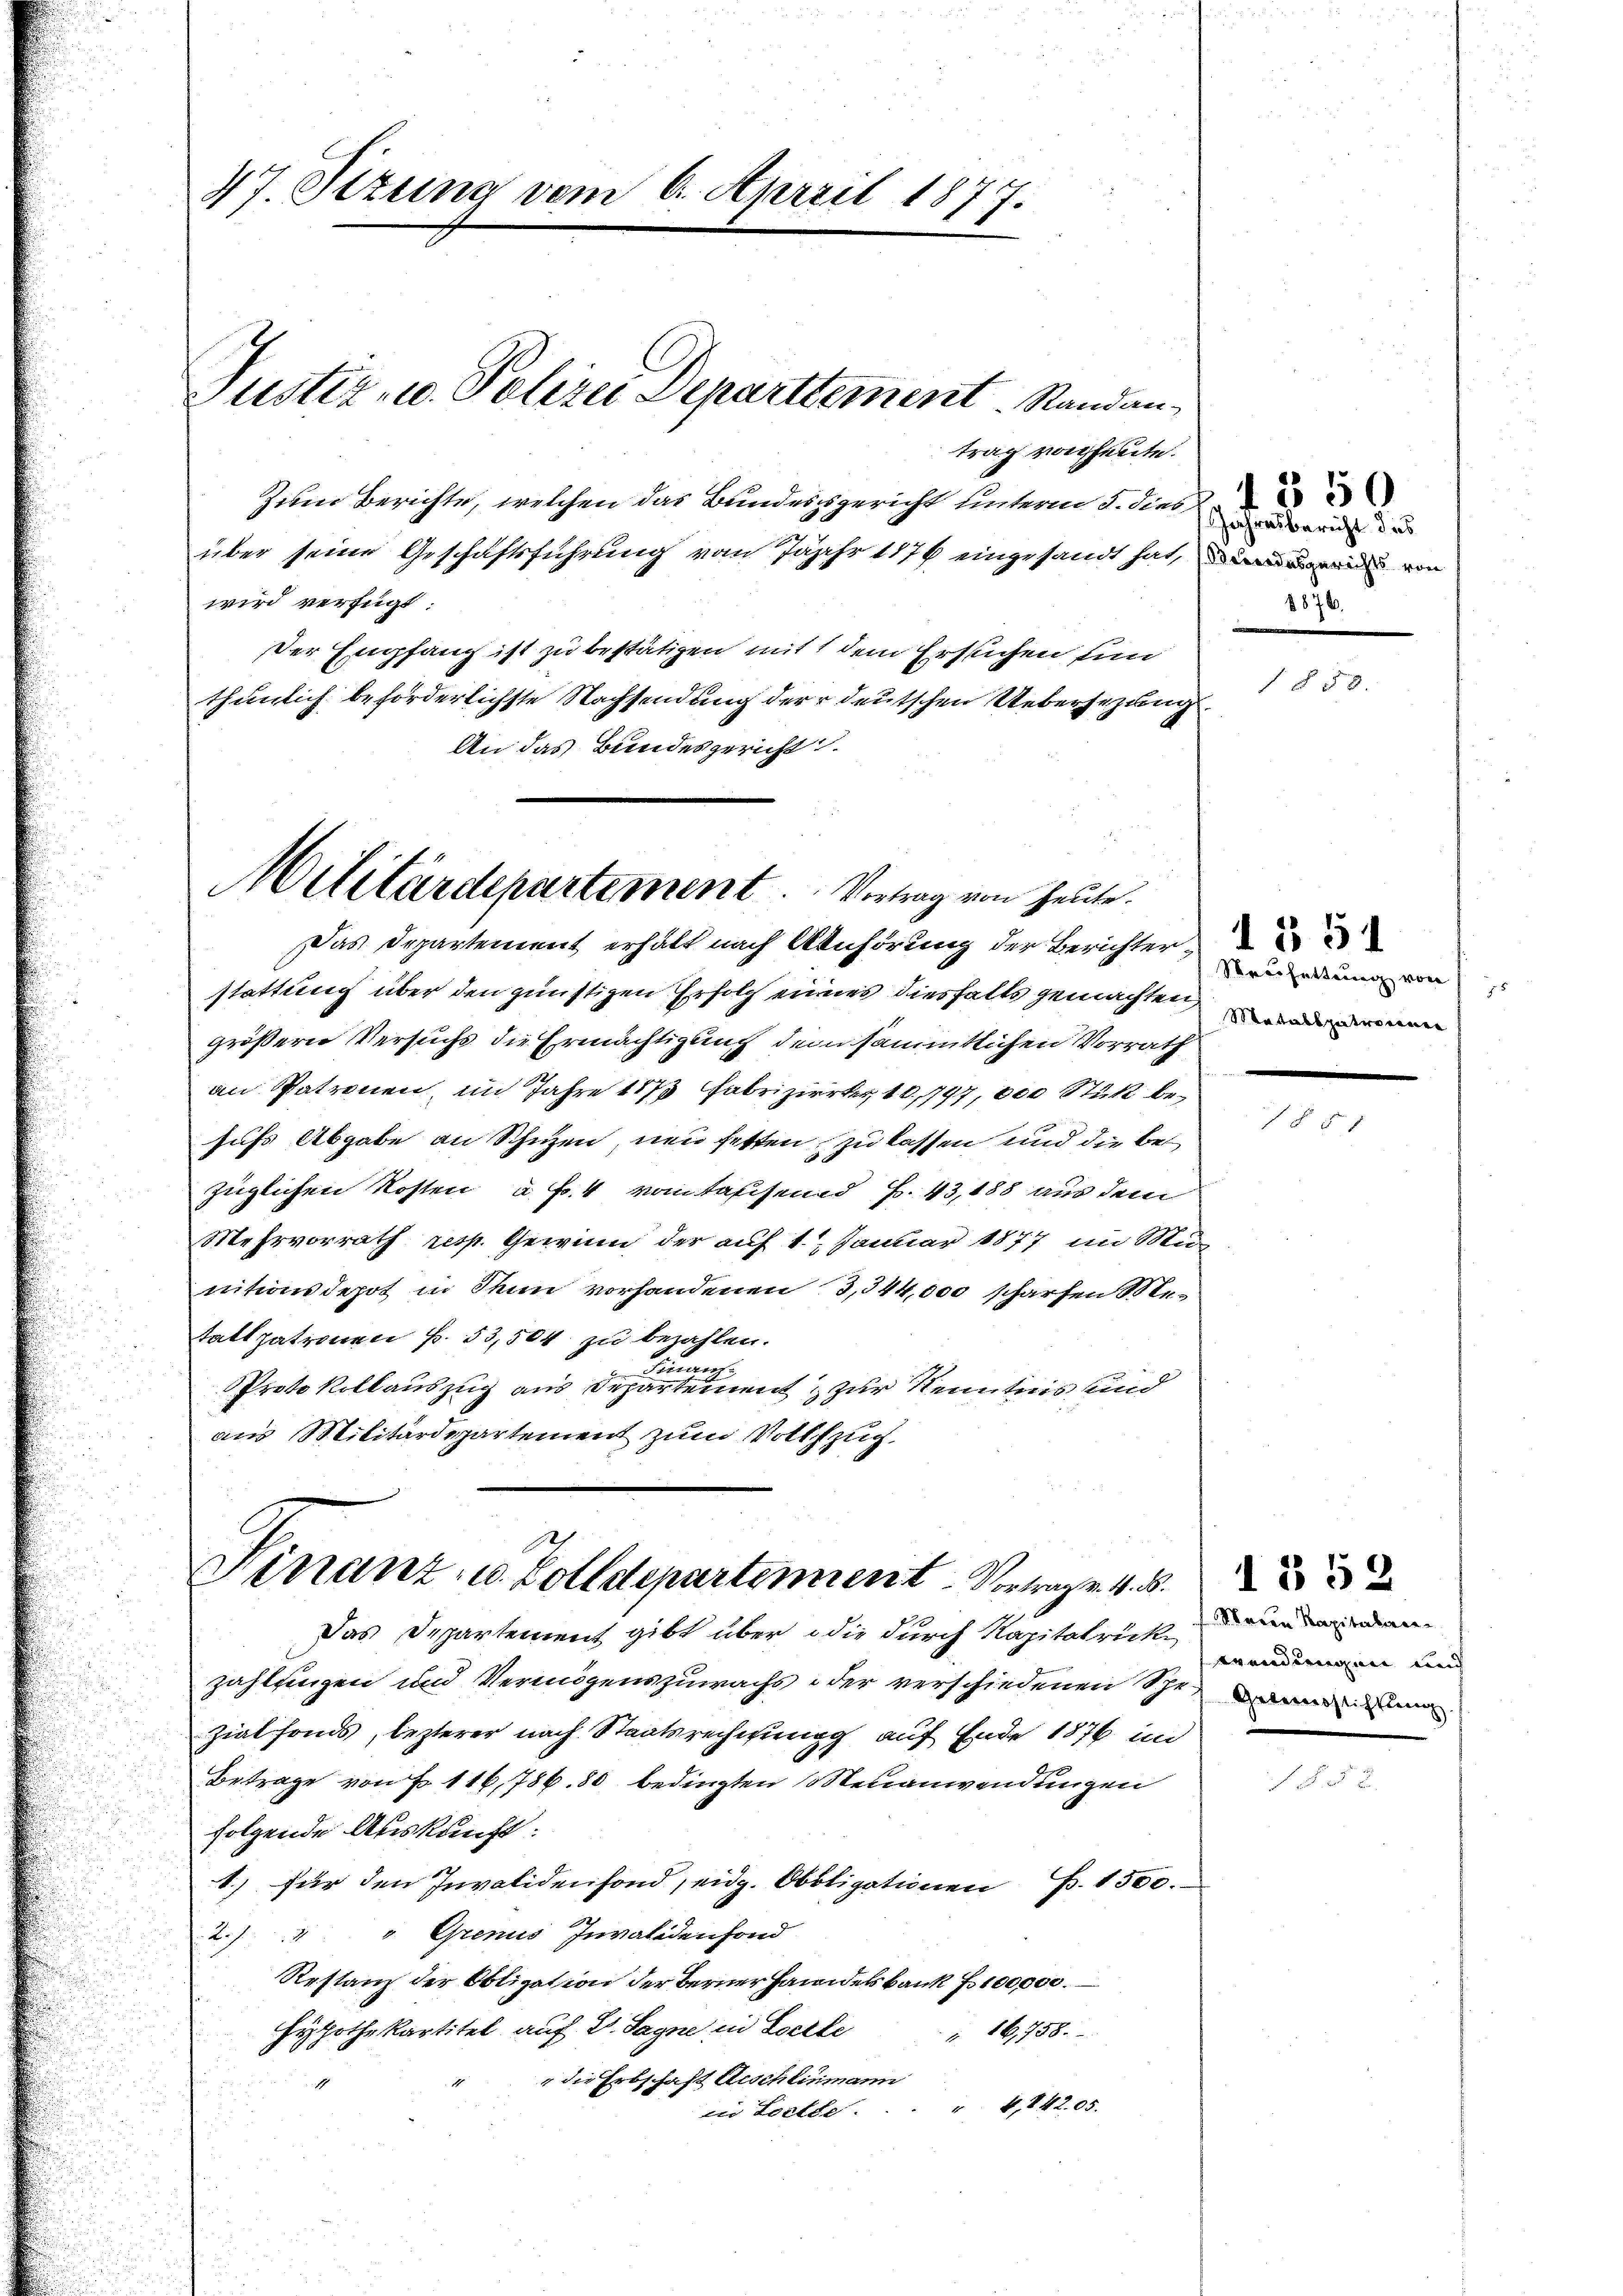
47. Sizung vom 6. April 1877.

Justiz- u. Polizei Departtement. Standantrag vor heute.

Zum Berichte, welchen das Bundesgericht unterm 5. dies
über seine Geschäftsführung vom Jahr 1876 eingesandt hat, und von
wird verfügt:
er Empfang ist zu bestätigen mit dem Ersuchen un
thunlich beförderlichste Nachsendung der deutschen Uebersezung
An das Bundesgericht.

Militärdepartement. Vortrag von heute.

Finanz- u. Zolldepartement Vertrag. 4. B.

Das Departement gibt über die durch Kapitalrich einenden
zahlungen und Vermögenszuwachs oder verschiedenen Schr
zial fonds, lezterer nach Staatsrechnung auf Ende 1876 im
Betrage von Fr. 116,786. 80 bedingten Neuanwendungen
folgende Auskunft.
1.) für den Invalidenfond, eidg. Obligationen B. 1500.
2.) " " Grenus Invalidenfond
Restanz der Obligation der Berner Handelsbank f 100000.
Hypothekartitel auf V. Sagne in Socrle
16,758.
 die Erbschaft Aeschlinmann
in Loelle . . . " 4,14205.

1350
JJahresbericht das
1876.

Das Departement erhält nach Anhörung der Berichter
stattung über den günstigen Erfolg eines diesfalls gemachten,
größern Versuchs die Ermächtigung dem sämmtlichen Vorrath
an Patronen, im Jahre 1873 Fabrizierter, 10,797, 000 Stük behufs Abgabe an Schuzen, neu fetten zu lassen und die bei
züglichen Kosten à Fr. 4 vom Tassend H. 43,188 aus dem
Mehrvorrath resp. Gewinn der auf 1. Januar 1877 im Mu
nitionsdepot in Stun vorhandenen 3,344,000 scharfen Metatt patronen f. 53,504 zu bezahlen.
 Finanz
Protokollauszug aus Departement zur Kenntnis und
aus Militärdepartement zum Vollzug

Neufeltung von
Maitalspatronenen

wendungen au

1 § 50.